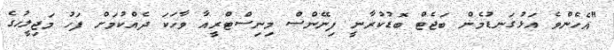
"އެހެންވެ އަޅުގަނޑުމެން ބަޖެޓް ބޮޑުކުރާނީ ފިނޭންސް މިނިސްޓްރީއާ ވާހަކަ ދެއްކުމަށް ފަހު މަޖިލީހުގެ